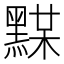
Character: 𪑞